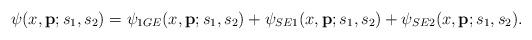
LaTeX: \begin{align*}\psi(x,{\bf p};s_1,s_2)=\psi_{1GE}(x,{\bf p};s_1,s_2)+\psi_{SE1}(x,{\bf p};s_1,s_2)+\psi_{SE2}(x,{\bf p};s_1,s_2).\end{align*}